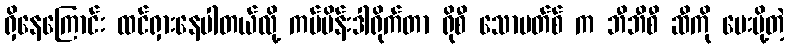
ရှိနေကြောင်း ထင်ရှားနေပါတယ်လို့ ကမ်ပိန်းဒါရိုက်တာ ရိုစီ သောမတ်စ် က ဘီဘီစီ ဆီကို ပေးပို့တဲ့